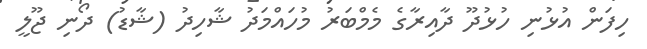
ހިފަން އުޅުނި ހުޅުދޫ ދާއިރާގެ މެމްބަރު މުހައްމަދު ޝާހިދު (ޝާޑު) ދޯނި ޖޫލީ